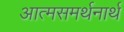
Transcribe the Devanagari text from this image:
आत्मसमर्थनार्थ